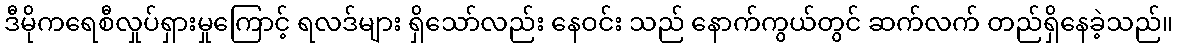
ဒီမိုကရေစီလှုပ်ရှားမှုကြောင့် ရလဒ်များ ရှိသော်လည်း နေဝင်း သည် နောက်ကွယ်တွင် ဆက်လက် တည်ရှိနေခဲ့သည်။